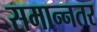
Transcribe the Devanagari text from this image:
समान्नतर